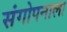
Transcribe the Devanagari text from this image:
संगोपनाला